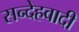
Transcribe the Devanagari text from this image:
सन्देहवादी